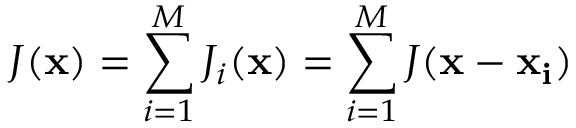
J ( { \bf x } ) = \sum _ { i = 1 } ^ { M } J _ { i } ( { \bf x } ) = \sum _ { i = 1 } ^ { M } J ( { \bf x } - { \bf x _ { i } } )